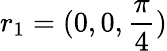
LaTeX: r_{1}=(0,0,\frac{\pi}{4})